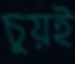
চুয়ই